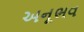
અનૂભવ